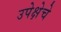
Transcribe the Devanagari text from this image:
उपेक्षेचे